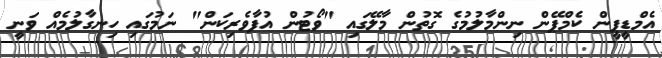
އެމްޑީޕީން ކެމްޕޭން ނިންމާލުމުގެ ގޮތުން މާލޭގައި "ވޯޓުން އުފާވެރިކަން" ނަމުގައި ހިނގާލުމެއް ވަނީ